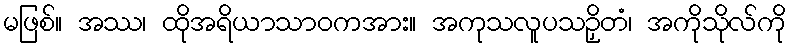
မဖြစ်။ အဿ၊ ထိုအရိယာသာဝကအား။ အကုသလူပသဉှိတံ၊ အကိုသိုလ်ကို